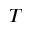
T